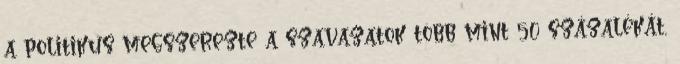
a politikus megszerezte a szavazatok több mint 50 százalékát,